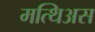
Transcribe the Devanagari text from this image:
मत्थिअस